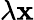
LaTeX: \lambda\mathbf{x}